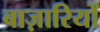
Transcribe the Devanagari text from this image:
बाज़ारियों